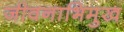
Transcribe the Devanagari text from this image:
जीवनाभिमुख